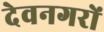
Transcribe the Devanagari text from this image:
देवनगरों